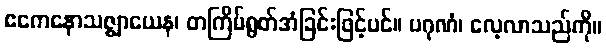
ဧကေနောသဇ္ဈာယေန၊ တကြိမ်ရွတ်အံခြင်းဖြင့်ပင်။ ပဂုဏံ၊ လေ့လာသည်ကို။